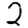
Digit: 2